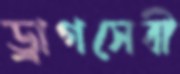
ড্রাগসেবী